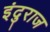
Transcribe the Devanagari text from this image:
इंदुराज